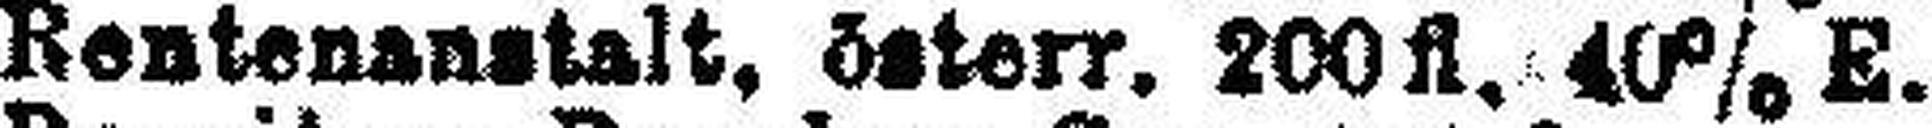
Bentenanstalt, österr. 200 fl. 40% E.